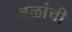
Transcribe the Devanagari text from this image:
बळांची